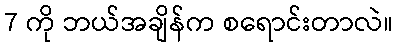
7 ကို ဘယ်အချိန်က စရောင်းတာလဲ။